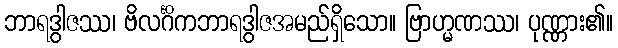
ဘာရဒွါဇဿ၊ ဗိလင်္ဂိကဘာရဒွါဇအမည်ရှိသော။ ဗြာဟ္မဏဿ၊ ပုဏ္ဏား၏။